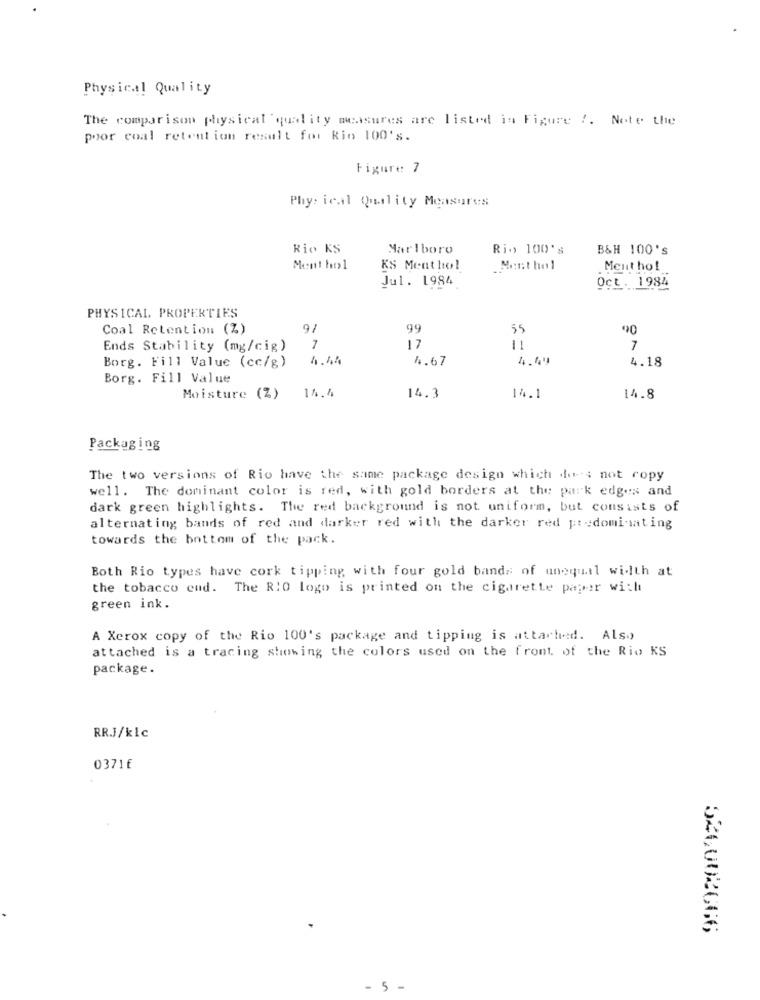
Physical Quality
The comparison physical quality measures are listed in Figure !. Note the
poor coal retention result for Rio 100's.
Figure: 7
Phy: ical Quality Measures
Rio KS
Marlboro
Rio 100's
B&H 100's
Ment ho> 1
KS Menthol
Ment hol
Ment ho!
Jul. 1984
Oct. 1984
PHYSICAL PROPERTIES
Coal Retention (Z)
9/
99
55
40
Ends Stability (mg/cig)
7
17
11
7
4.67
4.49
4.18
Borg. Fill Value (cc/g)
Borg. Fill Value
Moisture (%)
14.4
14.3
14.1
14.8
Packaging
The two versions of Rio have the same package design which does not copy
well. The dominant color is red, with gold borders at the park edges and
dark green highlights. The red background is not uniform, but consists of
alternating bands of red and darker red with the darker red predominating
towards the bottom of the pack.
Both Rio types have cork tipping with four gold bands of unequal with at
the tobacco cud. The RIO logo is printed on the cigarette paper with
green ink.
A Xerox copy of the Rio 100's package and tipping is attached. Also
attached is a tracing showing the colors used on the front of the Rio KS
package.
RR.J/klc
03716
326002666
- 5 -